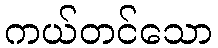
ကယ်တင်သော